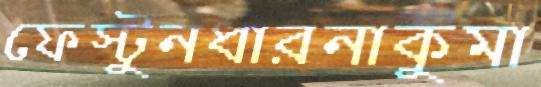
ফেস্টুনধারনাকুমা